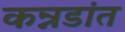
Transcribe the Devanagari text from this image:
कन्नडांत